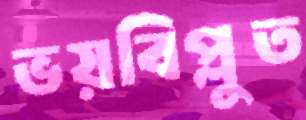
ভয়বিপ্লুত